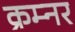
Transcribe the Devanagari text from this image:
क्रम्नर